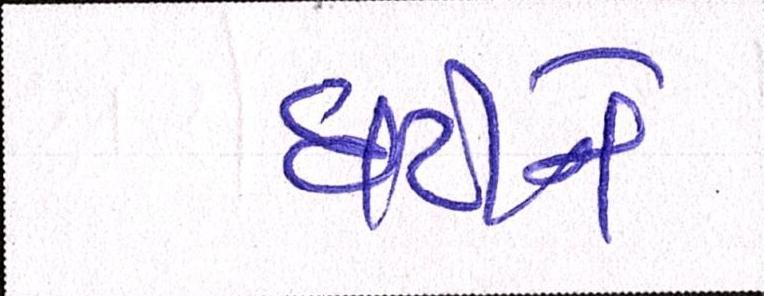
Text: ઘટીને